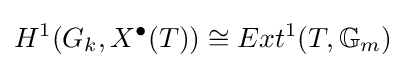
H^{1}(G_{k},X^{\bullet }(T))\cong Ext^{1}(T,\mathbb {G} _{m})